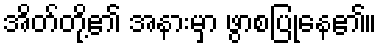
အိတ်တို့၏ အနားမှာ ဖွာစပြုနေ၏။